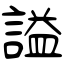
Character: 謚